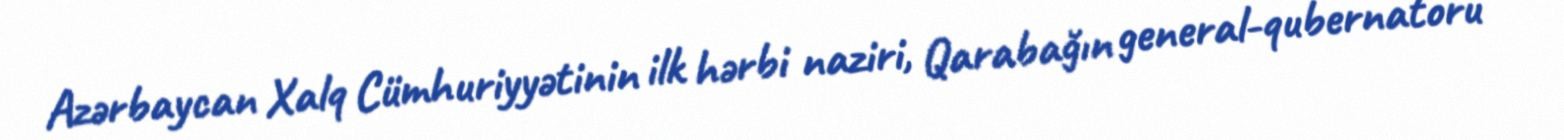
Azərbaycan Xalq Cümhuriyyətinin ilk hərbi naziri, Qarabağın general-qubernatoru